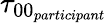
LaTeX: \tau_{00_{participant}}